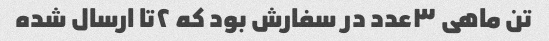
تن ماهی ٣عدد در سفارش بود که ٢تا ارسال شده